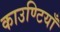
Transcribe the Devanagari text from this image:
काउण्टियाँ